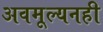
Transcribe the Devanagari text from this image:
अवमूल्यनही